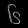
Digit: ၆